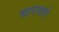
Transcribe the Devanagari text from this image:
वारदाते